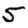
Digit: 5